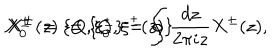
X _ { 0 } ^ { \pm } : = \{ Q , \xi _ { 0 } ^ { \pm } \} = \oint \frac { d z } { 2 \pi i z } X ^ { \pm } ( z ) , \hspace { 1 c m } X ^ { \pm } ( z ) : = \{ Q , \xi ^ { \pm } ( z ) \}